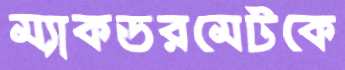
ম্যাকডরমেটকে